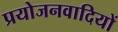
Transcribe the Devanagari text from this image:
प्रयोजनवादियों